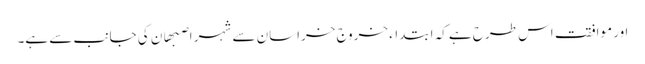
اور موافقت اس طرح ہے کہ ابتداء خروج خراسان سے شہر اصبھان کی جانب سے ہے۔